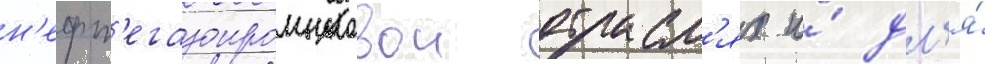
н'ефт'егазопромысловои отрасл'ях и́ дл'я́